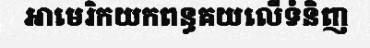
អាមេរិកយកពន្ធគយលើទំនិញ